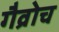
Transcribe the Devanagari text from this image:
गैव्रोच